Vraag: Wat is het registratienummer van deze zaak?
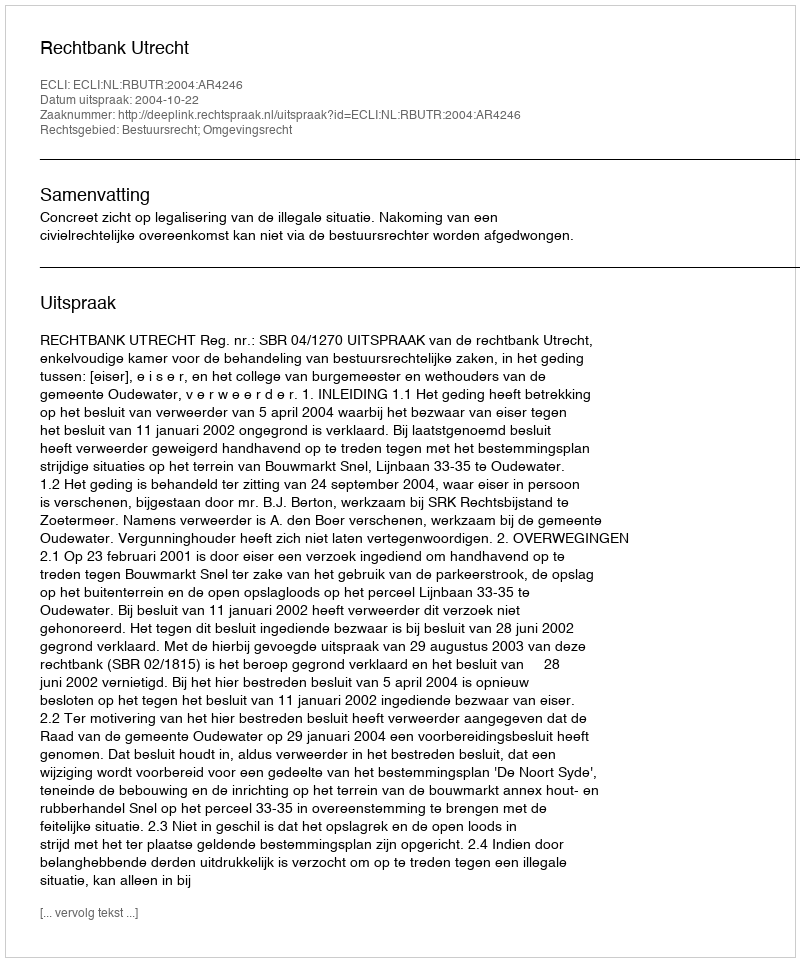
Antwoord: http://deeplink.rechtspraak.nl/uitspraak?id=ECLI:NL:RBUTR:2004:AR4246